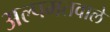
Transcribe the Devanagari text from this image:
अल्पमतवाले